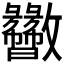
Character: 𫿬